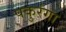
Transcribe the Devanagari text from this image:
पकुरंगा